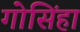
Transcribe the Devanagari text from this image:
गोसिंहा